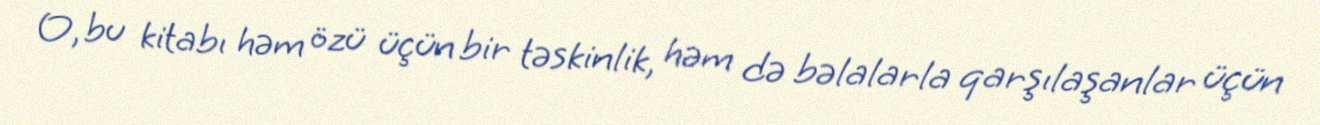
O, bu kitabı həm özü üçün bir təskinlik, həm də bəlalarla qarşılaşanlar üçün